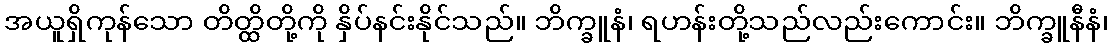
အယူရှိကုန်သော တိတ္ထိတို့ကို နှိပ်နင်းနိုင်သည်။ ဘိက္ခူနံ၊ ရဟန်းတို့သည်လည်းကောင်း။ ဘိက္ခူနီနံ၊